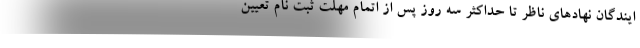
ایندگان نهادهای ناظر تا حداکثر سه روز پس از اتمام مهلت ثبت نام تعیین